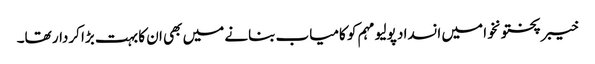
خیبر پختونخوا میں انسداد پولیو مہم کو کامیاب بنانے میں بھی ان کا بہت بڑا کردار تھا۔